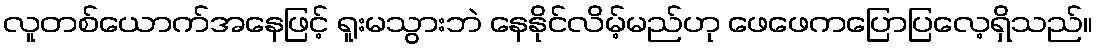
လူတစ်ယောက်အနေဖြင့် ရူးမသွားဘဲ နေနိုင်လိမ့်မည်ဟု ဖေဖေကပြောပြလေ့ရှိသည်။